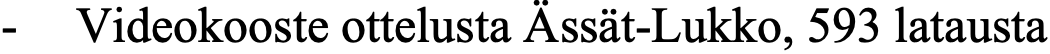
- Videokooste ottelusta Ässät-Lukko, 593 latausta